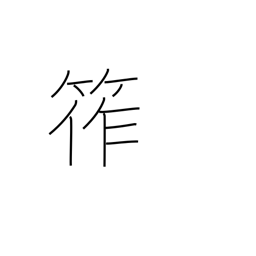
Meaning: bamboo rope